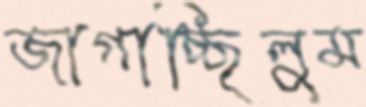
জাগাচ্ছিলুম